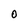
Character: O